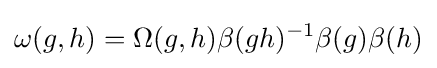
\omega (g,h)=\Omega (g,h)\beta (gh)^{-1}\beta (g)\beta (h)